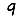
Digit: 9